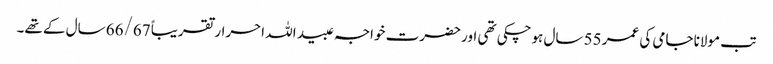
تب مولانا جامی کی عمر 55 سال ہوچکی تھی اور حضرت خواجہ عبید اللہ احرار تقریباً 66/67 سال کے تھے۔